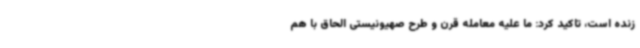
زنده است، تاکید کرد: ما علیه معامله قرن و طرح صهیونیستی الحاق با هم